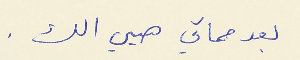
بعد مماتي هيي الك .